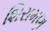
શિરામણ